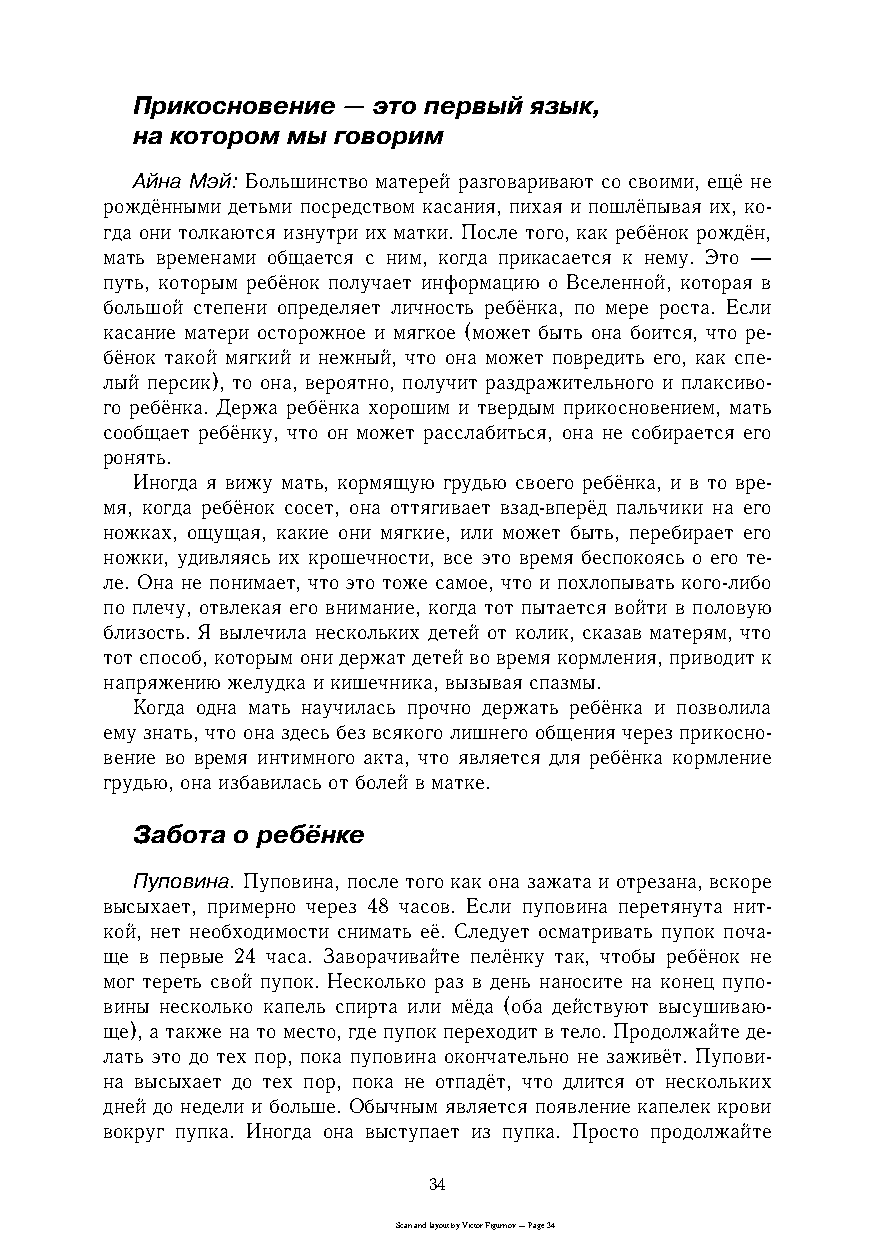
Прикосновение — это первый язык,
 на котором мы говорим
 Айна Мэй: Большинство матерей разговаривают со своими, ещё не
 рождёнными детьми посредством касания, пихая и пошлёпывая их, коc
 гда они толкаются изнутри их матки. После того, как ребёнок рождён,
 мать временами общается с ним, когда прикасается к нему. Это —
 путь, которым ребёнок получает информацию о Вселенной, которая в
 большой степени определяет личность ребёнка, по мере роста. Если
 касание матери осторожное и мягкое (может быть она боится, что реc
 бёнок такой мягкий и нежный, что она может повредить его, как спеc
 лый персик), то она, вероятно, получит раздражительного и плаксивоc
 го ребёнка. Держа ребёнка хорошим и твердым прикосновением, мать
 сообщает ребёнку, что он может расслабиться, она не собирается его
 ронять.
 Иногда я вижу мать, кормящую грудью своего ребёнка, и в то вреc
 мя, когда ребёнок сосет, она оттягивает взадcвперёд пальчики на его
 ножках, ощущая, какие они мягкие, или может быть, перебирает его
 ножки, удивляясь их крошечности, все это время беспокоясь о его теc
 ле. Она не понимает, что это тоже самое, что и похлопывать когоcлибо
 по плечу, отвлекая его внимание, когда тот пытается войти в половую
 близость. Я вылечила нескольких детей от колик, сказав матерям, что
 тот способ, которым они держат детей во время кормления, приводит к
 напряжению желудка и кишечника, вызывая спазмы.
 Когда одна мать научилась прочно держать ребёнка и позволила
 ему знать, что она здесь без всякого лишнего общения через прикосноc
 вение во время интимного акта, что является для ребёнка кормление
 грудью, она избавилась от болей в матке.
 Забота о ребёнке
 Пуповина. Пуповина, после того как она зажата и отрезана, вскоре
 высыхает, примерно через 48 часов. Если пуповина перетянута нитc
 кой, нет необходимости снимать её. Следует осматривать пупок почаc
 ще в первые 24 часа. Заворачивайте пелёнку так, чтобы ребёнок не
 мог тереть свой пупок. Несколько раз в день наносите на конец пупоc
 вины несколько капель спирта или мёда (оба действуют высушиваюc
 ще), а также на то место, где пупок переходит в тело. Продолжайте деc
 лать это до тех пор, пока пуповина окончательно не заживёт. Пуповиc
 на высыхает до тех пор, пока не отпадёт, что длится от нескольких
 дней до недели и больше. Обычным является появление капелек крови
 вокруг пупка. Иногда она выступает из пупка. Просто продолжайте
 34
 Scan and layout by Victor Figurnov — Page 34